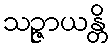
သဉ္ဇာယန္တိ